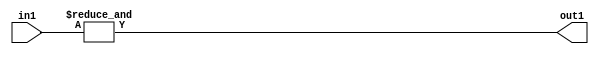
`timescale 1ps / 1ps
/*****************************************************************************
    Verilog RTL Description
    
    
    Created by: Stratus DpOpt 2019.1.01 
*******************************************************************************/

module st_weight_addr_gen_AndReduction_4S_1U_4 (
	in1,
	out1
	); /* architecture "behavioural" */ 
input [3:0] in1;
output  out1;
wire  asc001;

assign asc001 = 
	(&in1);

assign out1 = asc001;
endmodule

/* CADENCE  urfyTQ0= : u9/ySgnWtBlWxVPRXgAZ4Og= ** DO NOT EDIT THIS LINE ******/